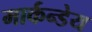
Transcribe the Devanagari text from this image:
मार्कन्डेय